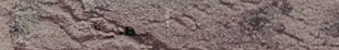
محل العطري التقليدي   عطو